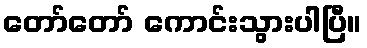
တော်တော် ကောင်းသွားပါပြီ။